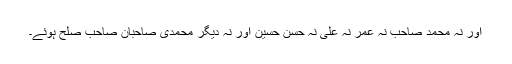
اور نہ محمد صاحب نہ عمر نہ علی نہ حسن حسین اور نہ دیگر محمدی صاحبان صاحب صلح ہوئے۔